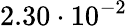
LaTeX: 2.30\cdot 10^{-2}